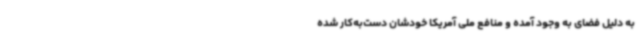
به دلیل فضای به وجود آمده و منافع ملی آمریکا خودشان دست‌به‌کار شده